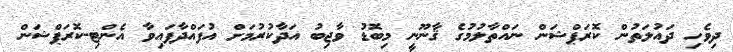
ދިވެހި ދައުލަތުން ކޮރަޕްޝަން ނައްތާލުމުގެ ޤާނޫނީ މިބޮޑު ވާޖިބު އަދާކުރުމަށް އުފައްދާފައިވާ އެންޓި-ކޮރަޕްޝަން